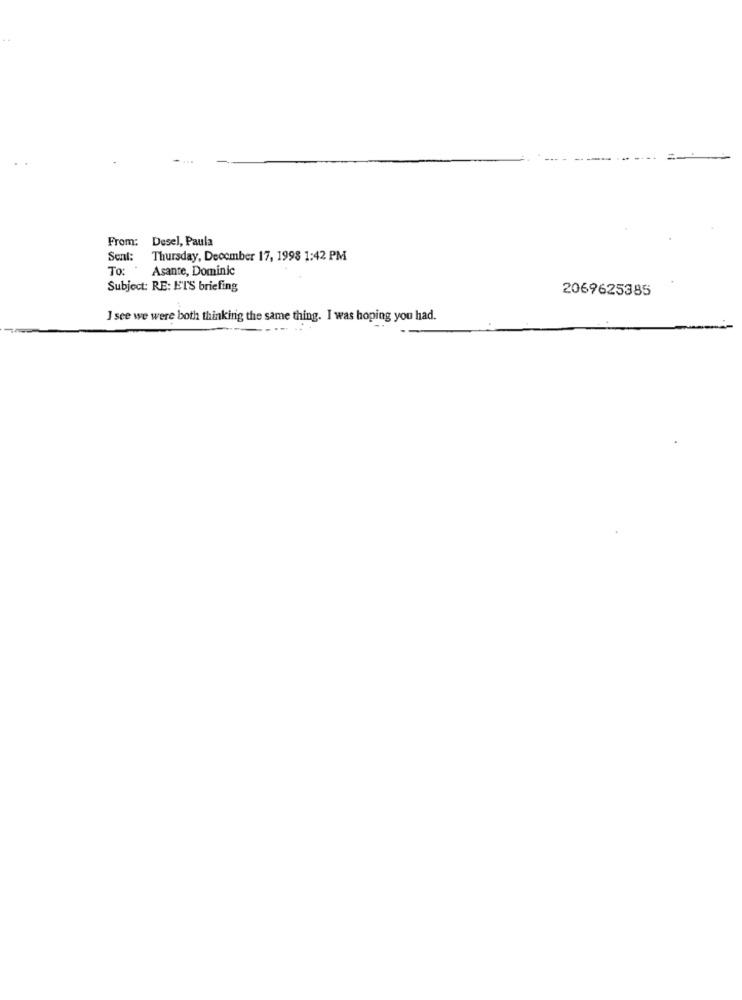
From: Desel, Paula
Sent: Thursday, December 17, 1998 1:42 PM
To: " Asante, Dominic
Subject: RE: ETS briefing
2069625385
I see we were both thinking the same thing. I was hoping you had.